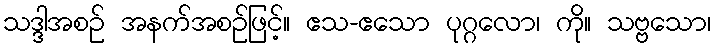
သဒ္ဒါအစဉ် အနက်အစဉ်ဖြင့်။ ဧသ-ဧသော ပုဂ္ဂလော၊ ကို။ သဗ္ဗသော၊